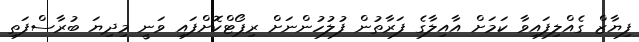
ފިޔާޒް ގެއްލިފައިވާ ކަމަށް އާއިލާގެ ފަރާތުން ފުލުހުންނަށް ރިޕޯޓްކޮށްފައި ވަނީ މިދިޔަ ބުރާސްފަތި